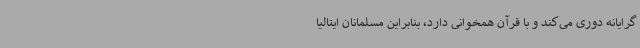
گرایانه دوری می‌کند و با قرآن همخوانی دارد، بنابراین مسلمانان ایتالیا